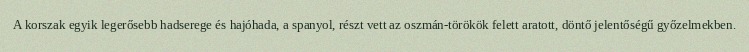
A korszak egyik legerősebb hadserege és hajóhada, a spanyol, részt vett az oszmán-törökök felett aratott, döntő jelentőségű győzelmekben.